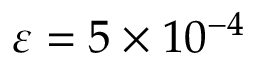
\varepsilon = 5 \times 1 0 ^ { - 4 }